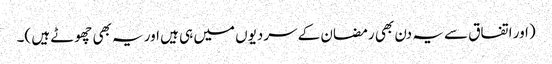
(اور اتفاق سے یہ دن بھی رمضان کے سردیوں میں ہی ہیں اور یہ بھی چھوٹے ہیں )۔